65_HS1-834228961_62-HQ-83894_Section_10
Agency: FBI
Page 3
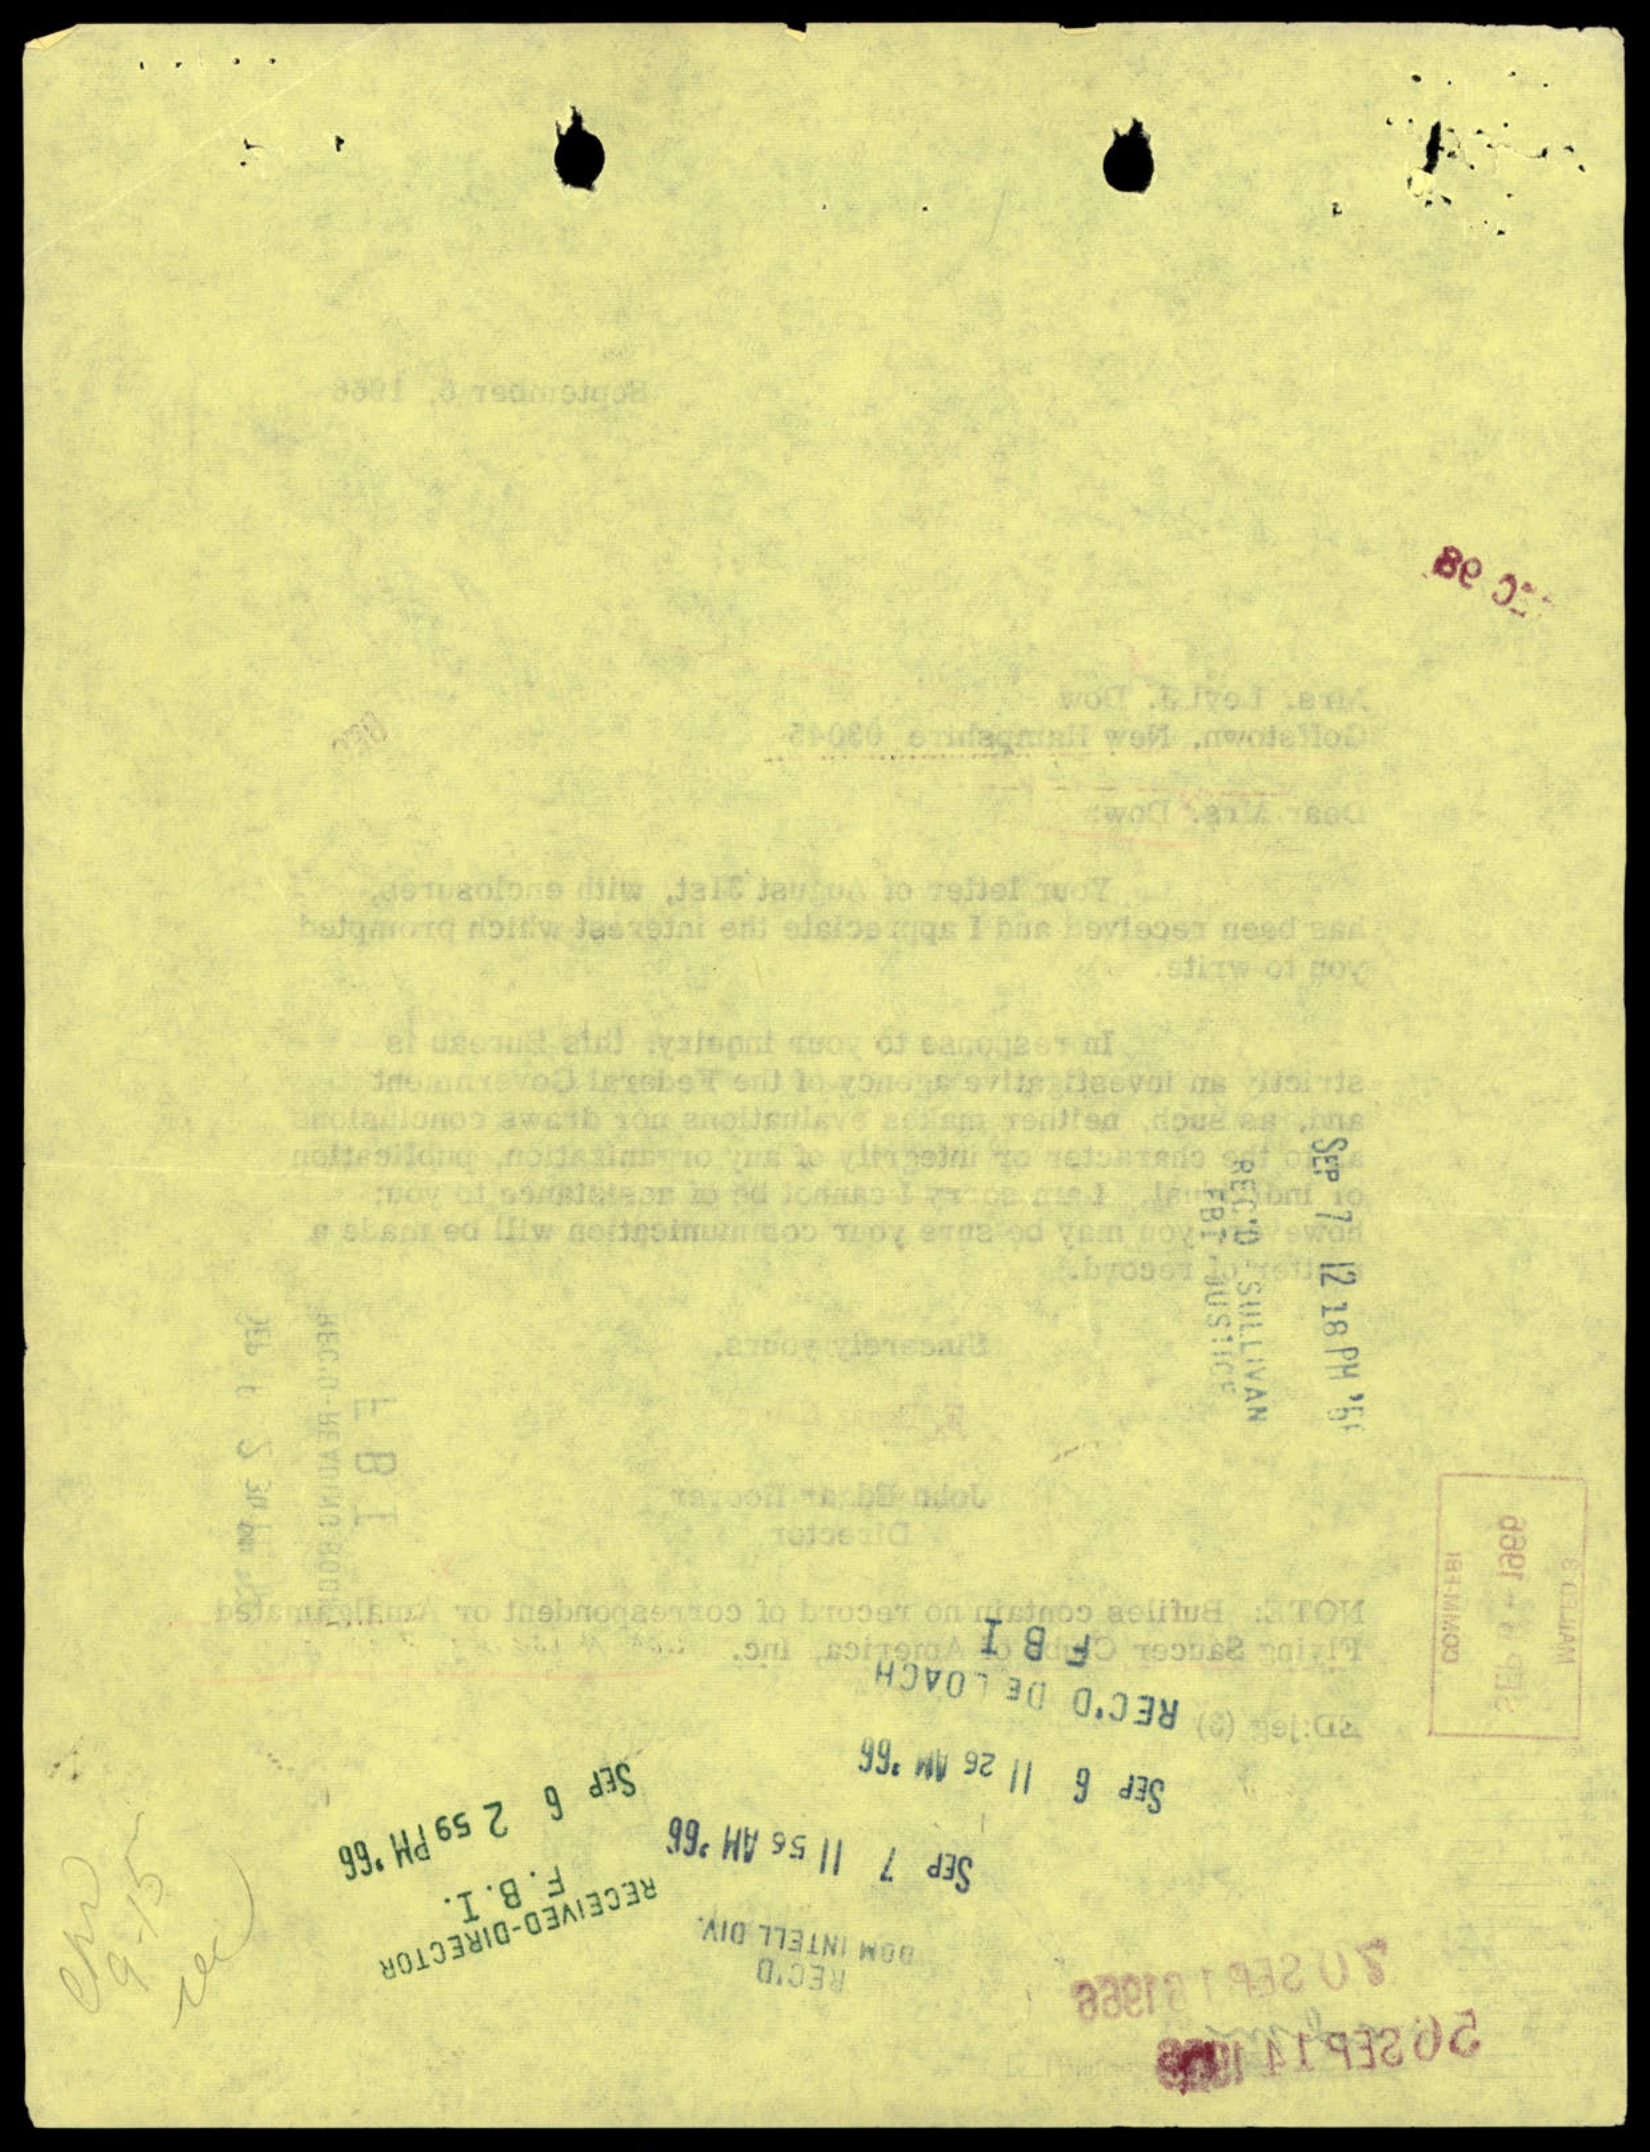